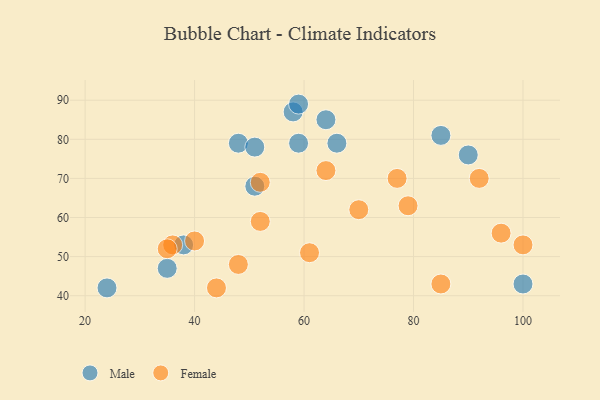
{"axis": {"x": "GDP", "y": "Life Expectancy"}, "legend": ["Female", "Male"], "data": [{"x": "24", "y": 42, "type": "Male"}, {"x": "48", "y": 79, "type": "Male"}, {"x": "85", "y": 81, "type": "Male"}, {"x": "38", "y": 53, "type": "Male"}, {"x": "100", "y": 43, "type": "Male"}, {"x": "58", "y": 87, "type": "Male"}, {"x": "90", "y": 76, "type": "Male"}, {"x": "66", "y": 79, "type": "Male"}, {"x": "59", "y": 89, "type": "Male"}, {"x": "64", "y": 85, "type": "Male"}, {"x": "35", "y": 47, "type": "Male"}, {"x": "59", "y": 79, "type": "Male"}, {"x": "51", "y": 68, "type": "Male"}, {"x": "51", "y": 78, "type": "Male"}, {"x": "85", "y": 43, "type": "Female"}, {"x": "77", "y": 70, "type": "Female"}, {"x": "36", "y": 53, "type": "Female"}, {"x": "61", "y": 51, "type": "Female"}, {"x": "100", "y": 53, "type": "Female"}, {"x": "70", "y": 62, "type": "Female"}, {"x": "96", "y": 56, "type": "Female"}, {"x": "52", "y": 59, "type": "Female"}, {"x": "35", "y": 52, "type": "Female"}, {"x": "40", "y": 54, "type": "Female"}, {"x": "79", "y": 63, "type": "Female"}, {"x": "48", "y": 48, "type": "Female"}, {"x": "64", "y": 72, "type": "Female"}, {"x": "92", "y": 70, "type": "Female"}, {"x": "44", "y": 42, "type": "Female"}, {"x": "52", "y": 69, "type": "Female"}]}